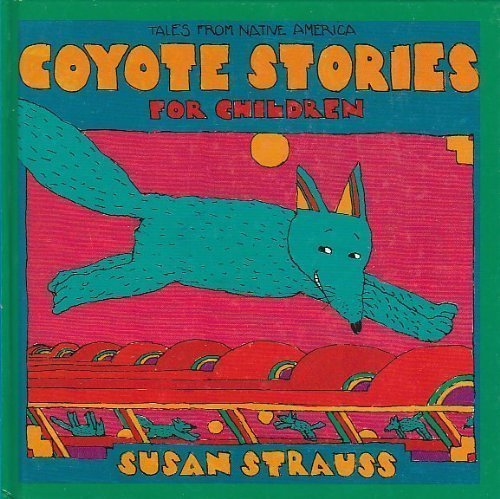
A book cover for Coyote Stories for Children: Tales from Native America; Susan Strauss; Children's Books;